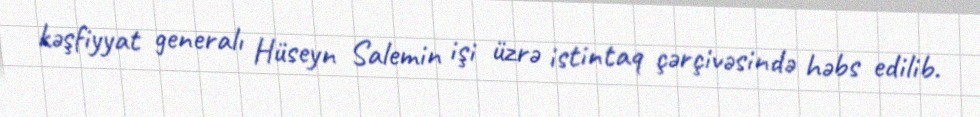
kəşfiyyat generalı Hüseyn Salemin işi üzrə istintaq çərçivəsində həbs edilib.